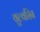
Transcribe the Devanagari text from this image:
वुल्वरिन